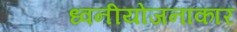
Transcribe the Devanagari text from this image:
ध्वनीयोजनाकार